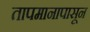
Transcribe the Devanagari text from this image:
तापमानापासून